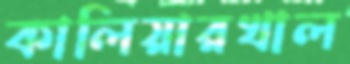
কালিয়ারখাল